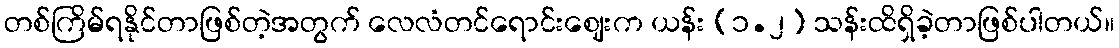
တစ်ကြိမ်ရနိုင်တာဖြစ်တဲ့အတွက် လေလံတင်ရောင်းဈေးက ယန်း (၁.၂) သန်းထိရှိခဲ့တာဖြစ်ပါတယ်။